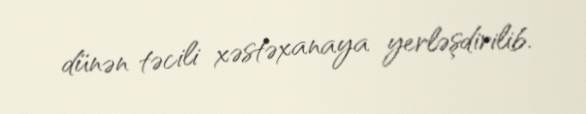
dünən təcili xəstəxanaya yerləşdirilib.